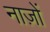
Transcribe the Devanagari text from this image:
नाज़ों